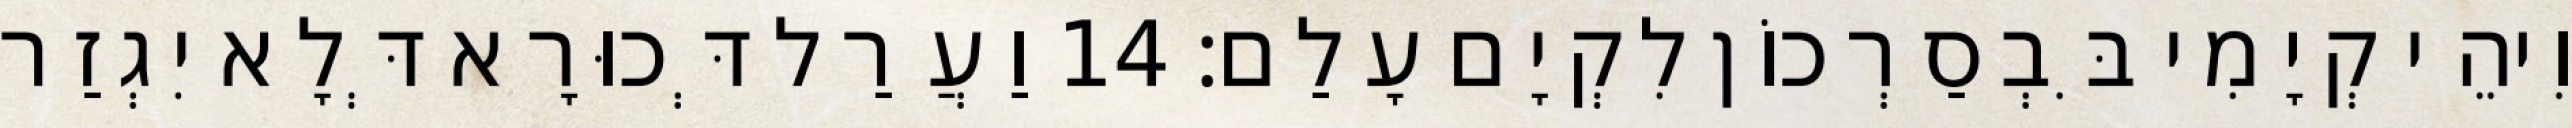
וִיהֵי קְיָמִי בִּבְסַרְכוֹן לִקְיָם עָלַם׃ 14 וַעֲרַל דְּכוּרָא דְּלָא יִגְזַר